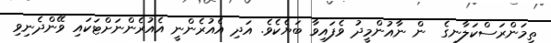
ތިމަންރަސްކަލާނގެ  ން ނާއުންމީދު ވެފައިވާ ބަޔެކެވެ. އަދި އެއުރެންނީ އެއުރެންނަށްޓަކައި ވޭންދެނިވި